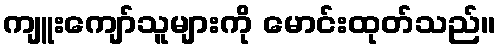
ကျူးကျော်သူများကို မောင်းထုတ်သည်။